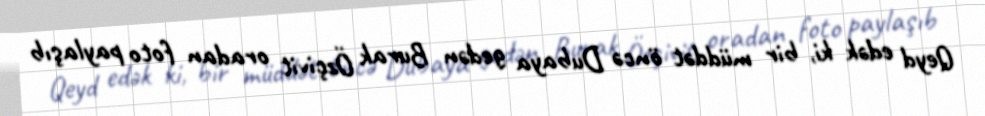
Qeyd edək ki, bir müddət öncə Dubaya gedən Burak Özçivit oradan foto paylaşıb